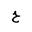
Letter: _ha